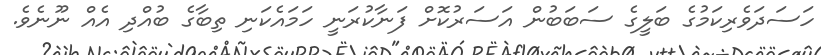
ހަސަދަވެރިކަމުގެ ބަލީގެ ސަބަބުން އަސަރުކޮށް ފަނާކުރަނީ ހަމައެކަނި ތިބާގެ ބުއްދި އެއް ނޫނެވެ.